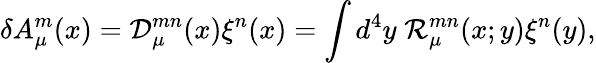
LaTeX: \delta A_{\mu}^{m}(x)={\cal D}_{\mu}^{mn}(x)\xi^{n}(x)=\int d^{4}y\; {\cal R}_{\mu}^{mn}(x;y)\xi^{n}(y),